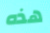
هذه